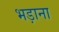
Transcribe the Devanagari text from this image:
भड़ाना